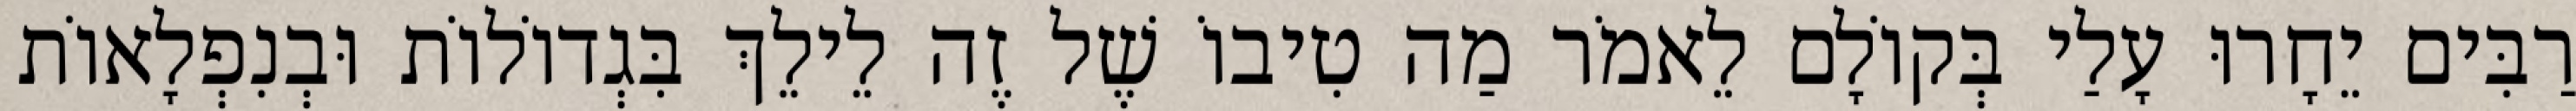
רַבִּים יֵחָרוּ עָלַי בְּקוֹלָם לֵאמֹר מַה טִיבוֹ שֶׁל זֶה לֵילֵךְ בִּגְדוֹלוֹת וּבְנִפְלָאוֹת